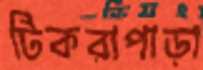
টিকরাপাড়া